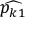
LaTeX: \widehat { p _ { k 1 } }